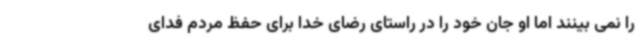
را نمی بینند اما او جان خود را در راستای رضای خدا برای حفظ مردم فدای